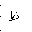
Letter: _za